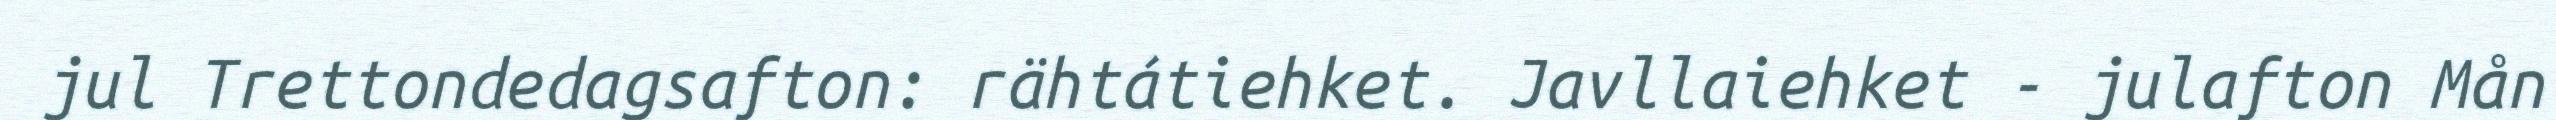
jul Trettondedagsafton: rähtátiehket. Javllaiehket - julafton Mån